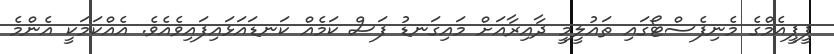
ޕީޕީއެމްގެ މެނިފެސްޓޯގައި ތައުލީމީ ދާއިރާއަށް މައިގަނޑު ފަސް ކަމެއް ކަނޑައަޅައިފައިވެއެވެ. އެއްކަމަކީ އެންމެ